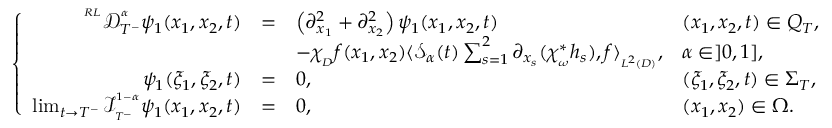
\left\{ \begin{array} { r l l l } { ^ { ^ { R L } } \mathcal { D } _ { T ^ { - } } ^ { ^ \alpha } \psi _ { 1 } ( x _ { 1 } , x _ { 2 } , t ) } & { = } & { \left( \partial _ { x _ { 1 } } ^ { 2 } + \partial _ { x _ { 2 } } ^ { 2 } \right) \psi _ { 1 } ( x _ { 1 } , x _ { 2 } , t ) } & { ( x _ { 1 } , x _ { 2 } , t ) \in Q _ { T } , } \\ & & { - \chi _ { _ { D } } f ( x _ { 1 } , x _ { 2 } ) \langle \mathcal { S } _ { \alpha } ( t ) \sum _ { s = 1 } ^ { 2 } \partial _ { x _ { s } } ( \chi _ { _ \omega } ^ { * } h _ { s } ) , f \rangle _ { _ { L ^ { 2 } ( D ) } } , } & { \alpha \in ] 0 , 1 ] , } \\ { \psi _ { 1 } ( \xi _ { 1 } , \xi _ { 2 } , t ) } & { = } & { 0 , } & { ( \xi _ { 1 } , \xi _ { 2 } , t ) \in \Sigma _ { T } , } \\ { \operatorname* { l i m } _ { t \rightarrow T ^ { - } } \mathcal { I } _ { _ { T ^ { - } } } ^ { ^ { 1 - \alpha } } \psi _ { 1 } ( x _ { 1 } , x _ { 2 } , t ) } & { = } & { 0 , } & { ( x _ { 1 } , x _ { 2 } ) \in \Omega . } \end{array} \right.